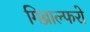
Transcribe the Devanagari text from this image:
गिब्राल्फरो